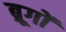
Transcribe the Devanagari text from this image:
ब्रूगों